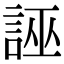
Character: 誣